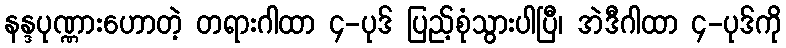
နန္ဒပုဏ္ဏားဟောတဲ့ တရားဂါထာ ၄-ပုဒ် ပြည့်စုံသွားပါပြီ၊ အဲဒီဂါထာ ၄-ပုဒ်ကို